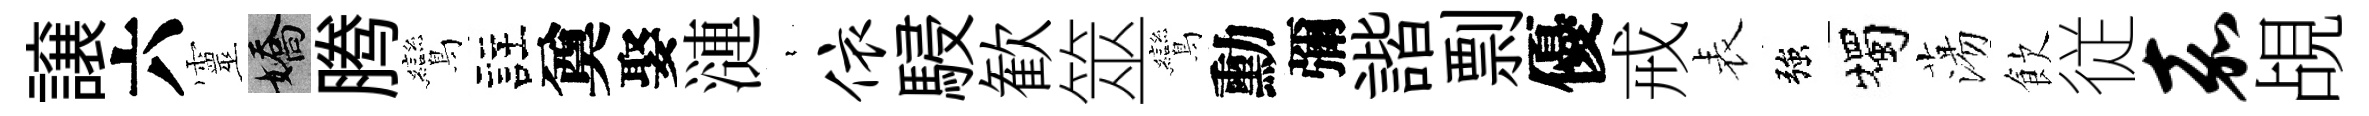
譲六靈嬌腾鸞註奠娶漣裊依駸歓筮鸞勳彌諧剽優戒表強燭蕩飲従嘉覘